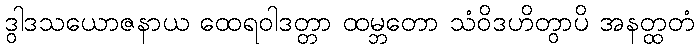
ဒွါဒသယောဇနာယ ထေရဝါဒတ္တာ ထမ္ဘတော သံဝိဒဟိတွာပိ အနတ္ထတံ